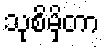
သုစိမှိတာ